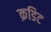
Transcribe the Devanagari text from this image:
क्रडिट